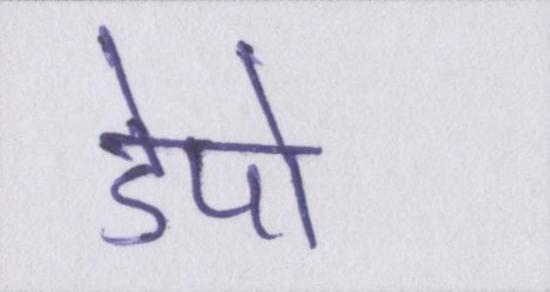
डेपो